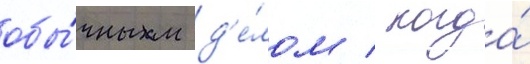
обы́чным д'е́лом / когда́